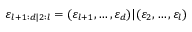
\boldsymbol { \varepsilon } _ { l + 1 : d | 2 : l } = ( \varepsilon _ { l + 1 } , \dots , \varepsilon _ { d } ) | ( \varepsilon _ { 2 } , \dots , \varepsilon _ { l } )